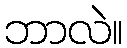
ဘာလဲ။